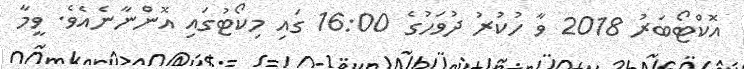
އޮކްޓޯބަރު 2018 ވާ ހުކުރު ދުވަހުގެ 16:00 ގައި މިކޯޓުގައި އޮންނާނެއެވެ. ވީމާ